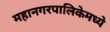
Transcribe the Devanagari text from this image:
महानगरपालिकेमध्ये